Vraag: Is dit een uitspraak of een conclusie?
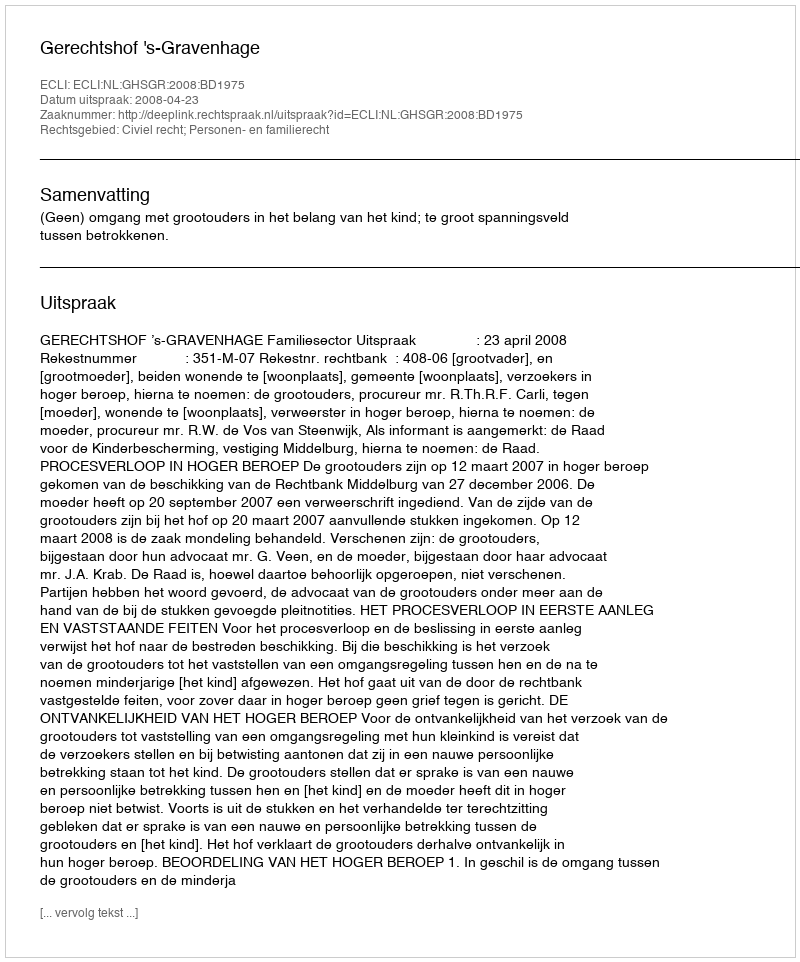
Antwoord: Uitspraak